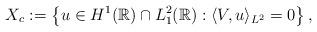
LaTeX: \begin{align*}X_c := \left\{ u \in H^1(\mathbb{R})\cap L^2_1(\mathbb{R}) : \langle V, u \rangle_{L^2} = 0 \right\},\end{align*}